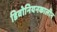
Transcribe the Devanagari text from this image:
डिवोनियनकालीन